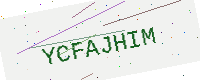
Text: YCFAJHIM